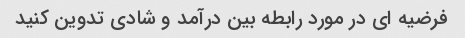
فرضیه ای در مورد رابطه بین درآمد و شادی تدوین کنید